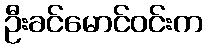
ဦးခင်မောင်ဝင်းက